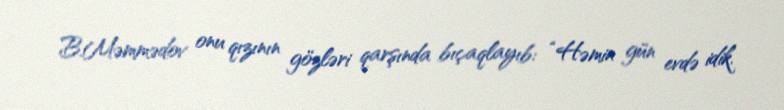
B.Məmmədov onu qızının gözləri qarşında bıçaqlayıb: “Həmin gün evdə idik.